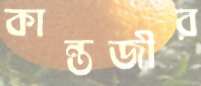
কান্তজীর